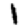
Digit: 1